Civil Veterinary Department Bihar & Orissa reports 1911-21 - 1911-1921
Year: 1911
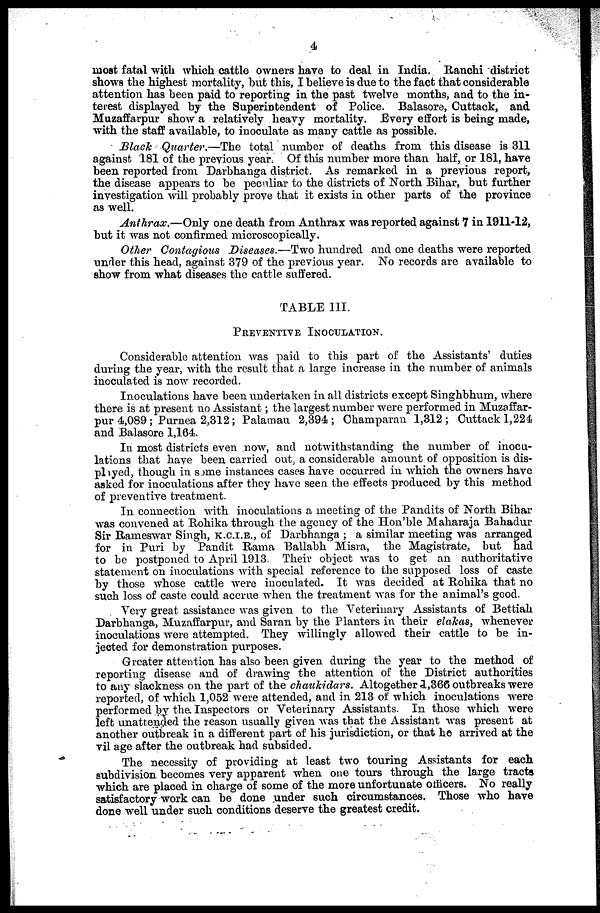
4
most fatal with which cattle owners have to deal in India. Ranchi district
shows the highest mortality, but this, I believe is due to the fact that considerable
attention has been paid to reporting in the past twelve months, and to the in-
terest displayed by the Superintendent of Police. Balasore, Cuttack, and
Muzaffarpur show a relatively heavy mortality. Every effort is being made,
with the staff available, to inoculate as many cattle as possible.
Black Quarter.—The total number of deaths from this disease is 311
against 181 of the previous year Of this number more than half, or 181, have
been reported from Darbhanga district. As remarked in a previous report,
the disease appears to be peculiar to the districts of North Bihar, but further
investigation will probably prove that it exists in other parts of the province
as well.
Anthrax.—Only one death from Anthrax was reported against 7 in 1911-12,
but it was not confirmed microscopically.
Other Contagious Diseases.—Two hundred and one deaths were reported
under this head, against 379 of the previous year. No records are available to
show from what diseases the cattle suffered.
TABLE III.
PREVENTIVE INOCULATION.
Considerable attention was paid to this part of the Assistants' duties
during the year, with the result that a large increase in the number of animals
inoculated is now recorded.
Inoculations have been undertaken in all districts except Singhbhum, where
there is at present no Assistant; the largest number were performed in Muzaffar-
pur 4,089; Purnea 2,312; Palaman 2,394; Champaran 1,312; Cuttack 1,224
and Balasore 1,164.
In most districts even now, and notwithstanding the number of inocu-
lations that have been carried out, a considerable amount of opposition is dis-
played, though in some instances cases have occurred in which the owners have
asked for inoculations after they have seen the effects produced by this method
of preventive treatment.
In connection with inoculations a meeting of the Pandits of North Bihar
was convened at Rohika through the agency of the Hon'ble Maharaja Bahadur
Sir Rameswar Singh, K.C.I.E., of Darbhanga ; a similar meeting was arranged
for in Puri by Pandit Rama Ballabh Misra, the Magistrate, but had
to be postponed to April 1913. Their object was to get an authoritative
statement on inoculations with special reference to the supposed loss of caste
by those whose cattle were inoculated. It was decided at Rohika that no
such loss of caste could accrue when the treatment was for the animal's good.
Very great assistance was given to the Veterinary Assistants of Bettiah
Darbhanga, Muzaffarpur, and Saran by the Planters in their elakas, whenever
inoculations were attempted. They willingly allowed their cattle to be in-
jected for demonstration purposes.
Greater attention has also been given during the year to the method of
reporting disease and of drawing the attention of the District authorities
to any slackness on the part of the chaukidars. Altogether 1,366 outbreaks were
reported, of which 1,052 were attended, and in 213 of which inoculations were
performed by the Inspectors or Veterinary Assistants. In those which were
left unattended the reason usually given was that the Assistant was present at
another outbreak in a different part of his jurisdiction, or that he arrived at the
village after the outbreak had subsided.
The necessity of providing at least two touring Assistants for each
subdivision becomes very apparent when one tours through the large tracts
which are placed in charge of some of the more unfortunate officers. No really
satisfactory work can be done under such circumstances. Those who have
done well under such conditions deserve the greatest credit.